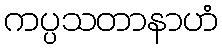
ကပ္ပသတာနာဟံ